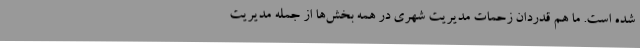
شده است. ما هم قدردان زحمات مدیریت شهری در همه بخش‌ها از جمله مدیریت